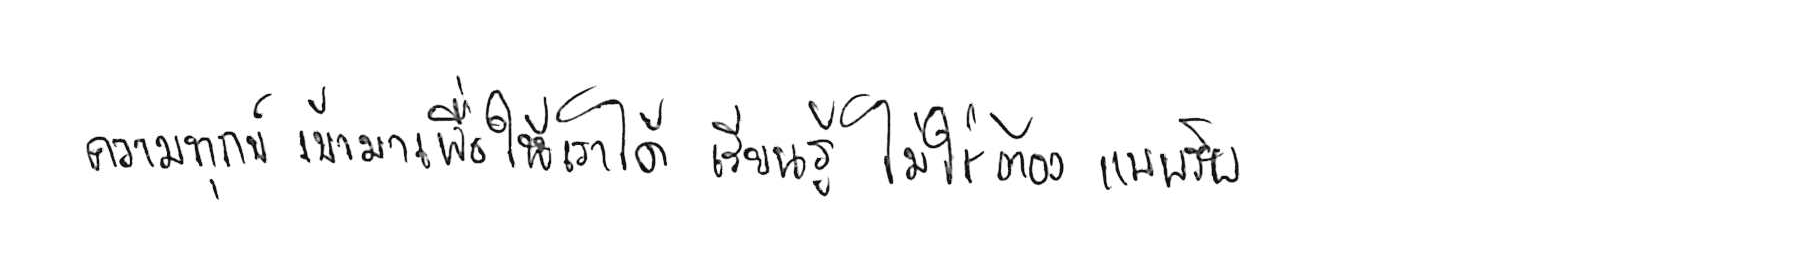
ความทุกข์ เข้ามาเพื่อให้เราได้ เรียนรู้ ไม่ใช่ต้อง แบกรับ